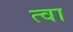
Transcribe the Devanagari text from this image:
त्‍वा